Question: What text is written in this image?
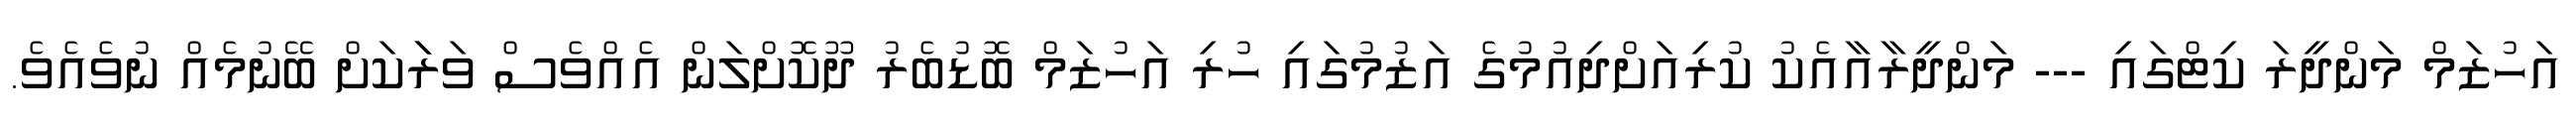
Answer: އަހުޒަމް މަންދީރަ ކިޓްގައި --- މަންދީރާއާއެކު ކުރިއަށްދިއުމުގެ އަޒުމުގައި ހުރި އަހުޒަމް ބޮޑުބެރު ދޫކޮށްލަން އެއްވެސް ވަރަަކަށް ބޭނުމެއް ނުވެއެވެ.